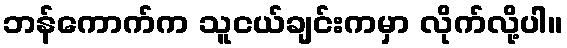
ဘန်ကောက်က သူငယ်ချင်းကမှာ လိုက်လို့ပါ။